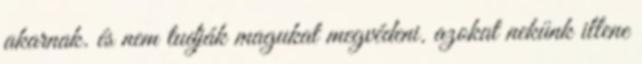
akarnak. és nem tudják magukat megvédeni. azokat nekünk illene